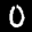
Label: 0